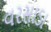
વરસાડા